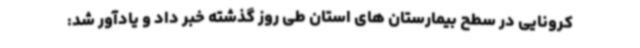
کرونایی در سطح بیمارستان های استان طی روز گذشته خبر داد و یادآور شد: